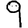
Digit: 9